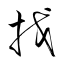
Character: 找